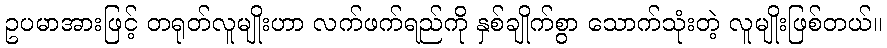
ဥပမာအားဖြင့် တရုတ်လူမျိုးဟာ လက်ဖက်ရည်ကို နှစ်ချိုက်စွာ သောက်သုံးတဲ့ လူမျိုးဖြစ်တယ်။